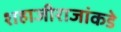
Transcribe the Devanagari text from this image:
शहाजीराजांकडे